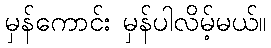
မှန်ကောင်း မှန်ပါလိမ့်မယ်။